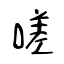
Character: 嗟